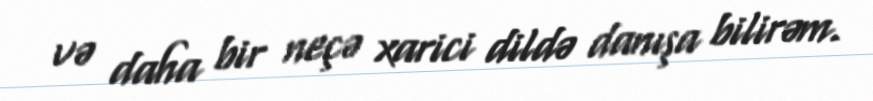
və daha bir neçə xarici dildə danışa bilirəm.